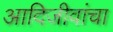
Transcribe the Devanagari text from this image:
आदिजीवांचा